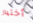
أختيار